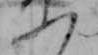
ふ